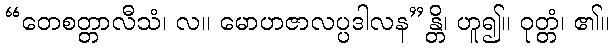
“တေစတ္တာလီသံ၊ လ။ မောဟဇာလပ္ပဒါလန”န္တိ၊ ဟူ၍။ ဝုတ္တံ၊ ၏။